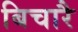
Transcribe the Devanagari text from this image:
बिचारै